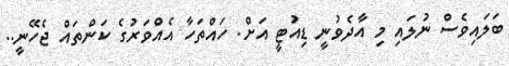
ބަލައިވެސް ނުލައި މި އާދެވުނީ ޑިއުޓީ އަށް. ހައްތަހާ އެއްވަރުގެ ކަންތައް ޖެހޭނީ..